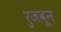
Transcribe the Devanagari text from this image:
रुजवून